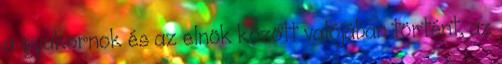
a gyakornok és az elnök között valójában történt, az